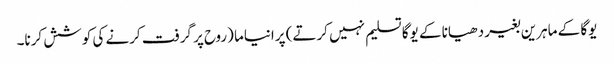
یوگا کے ماہرین بغیر دھیانا کے یوگا تسلیم نہیں کرتے) پرانیاما (روح پر گرفت کرنے کی کوشش کرنا۔